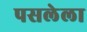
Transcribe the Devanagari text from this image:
पसलेला